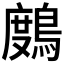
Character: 𪃒